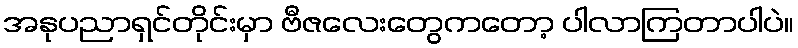
အနုပညာရှင်တိုင်းမှာ ဗီဇလေးတွေကတော့ ပါလာကြတာပါပဲ။